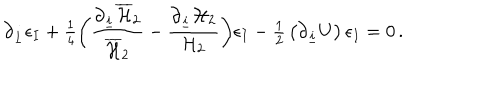
\partial _ { \underline { { i } } } \epsilon _ { I } + { \textstyle \frac { 1 } { 4 } } \biggl ( { \frac { \partial _ { \underline { { i } } } { \overline { { { \cal H } } } _ { 2 } } } { \overline { { { \cal H } } } _ { 2 } } } - { \frac { \partial _ { \underline { { i } } } { \cal H } _ { 2 } } { { \cal H } _ { 2 } } } \biggr ) \epsilon _ { I } - { \textstyle \frac { 1 } { 2 } } \left( \partial _ { \underline { { i } } } U \right) \epsilon _ { I } = 0 \, .